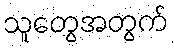
သူတွေအတွက်